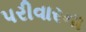
પરીવારના